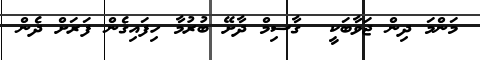
މަންމަ ދިން ޖަވާބަކީ  ގާސިމް ދާށޭ ބުރުމާ ހިފައިގެން ފަރަށް ދެން